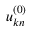
u _ { \boldsymbol { k } n } ^ { ( 0 ) }